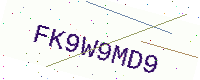
Text: FK9W9MD9